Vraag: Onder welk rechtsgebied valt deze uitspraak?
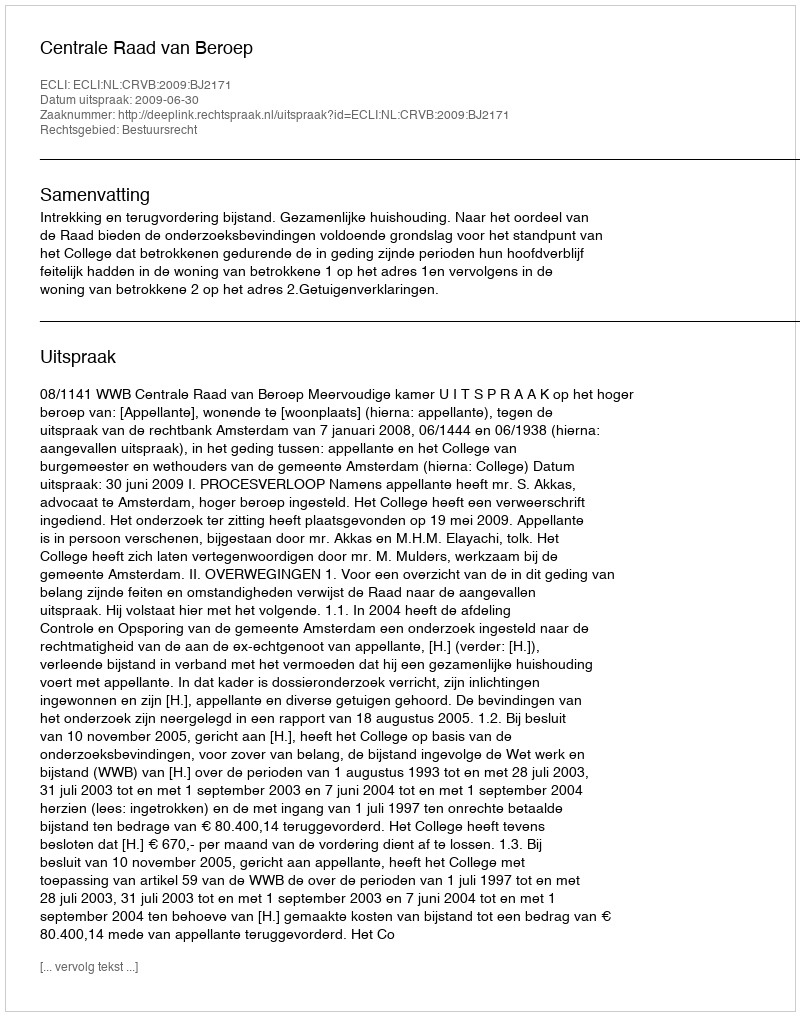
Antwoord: Bestuursrecht